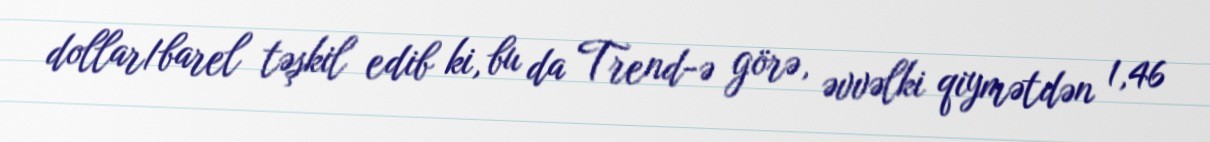
dollar/barel təşkil edib ki, bu da Trend-ə görə, əvvəlki qiymətdən 1,46